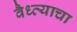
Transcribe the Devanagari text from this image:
वैध्व्याचा